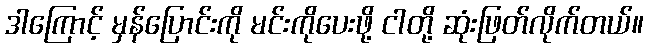
ဒါကြောင့် မှန်ပြောင်းကို မင်းကိုပေးဖို့ ငါတို့ ဆုံးဖြတ်လိုက်တယ်။